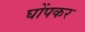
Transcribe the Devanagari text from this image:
घोंपकर